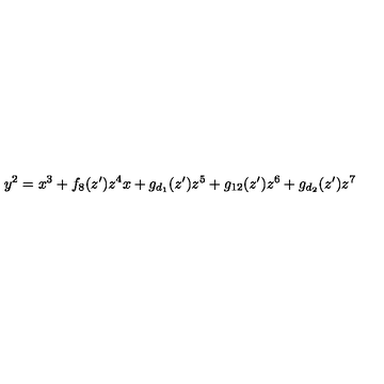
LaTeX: y ^ { 2 } = x ^ { 3 } + f _ { 8 } ( z ^ { \prime } ) z ^ { 4 } x + g _ { d _ { 1 } } ( z ^ { \prime } ) z ^ { 5 } + g _ { 1 2 } ( z ^ { \prime } ) z ^ { 6 } + g _ { d _ { 2 } } ( z ^ { \prime } ) z ^ { 7 }